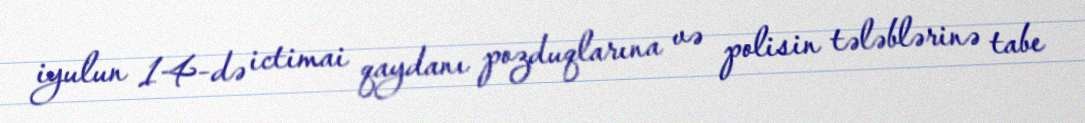
iyulun 14-də ictimai qaydanı pozduqlarına və polisin tələblərinə tabe